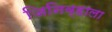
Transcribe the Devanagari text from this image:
जिनिव्हाला